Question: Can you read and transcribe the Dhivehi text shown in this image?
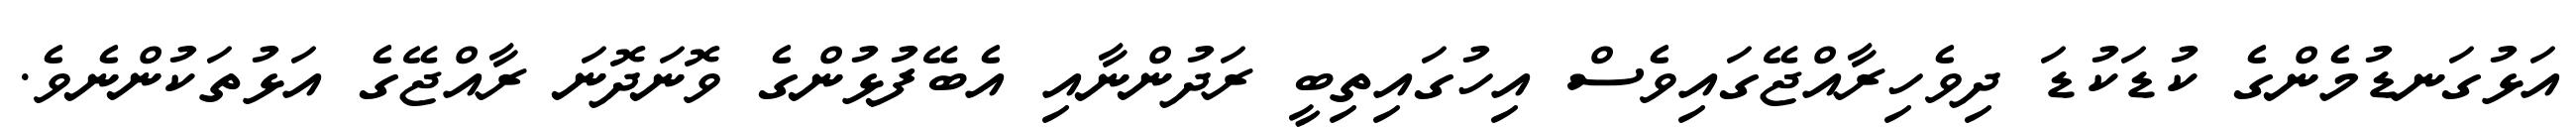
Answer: އަޅުގަނޑުމެންގެ ކުޑަކުޑަ ދިވެހިރާއްޖޭގައިވެސް އިހުގައިތިބީ ރަދުންނާއި އެބޭފުޅުންގެ ވޮނަދޮނަ ރާއްޖޭގެ އަޅުތަކުންނެވެ.